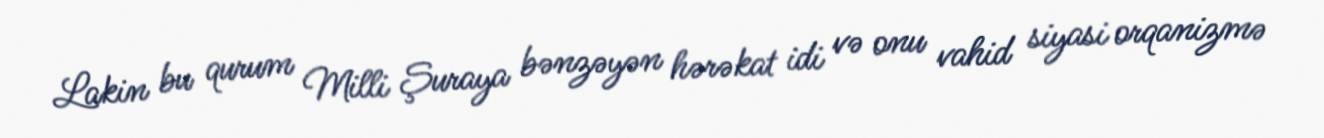
Lakin bu qurum Milli Şuraya bənzəyən hərəkat idi və onu vahid siyasi orqanizmə